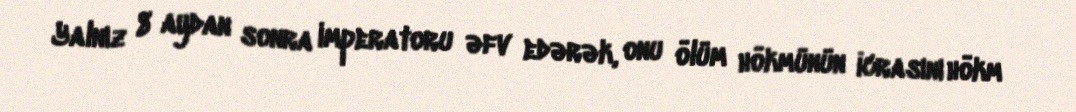
Yalnız 8 aydan sonra imperatoru əfv edərək, onu ölüm hökmünün icrasını hökm